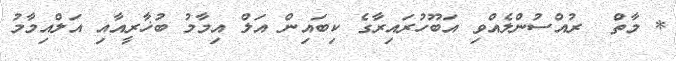
* މާތް  ރުއްސުންލެއްވި އަބޫހުރައިރާގެ ކިބައިން އަލް އިމާމު ބުޚާރީއާއި އަލްއިމާމު